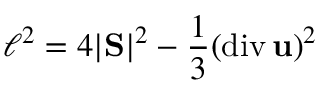
\ell ^ { 2 } = 4 | \mathrm { \bf S } | ^ { 2 } - \frac { 1 } { 3 } ( \mathrm { d i v } \, { \bf u } ) ^ { 2 }